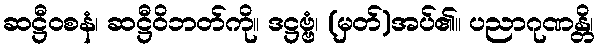
ဆဋ္ဌီဝစနံ၊ ဆဋ္ဌီဝိဘတ်ကို။ ဒဋ္ဌဗ္ဗံ၊ (မှတ်)အပ်၏။ ပညာဂုဏန္တိ၊